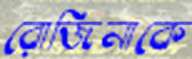
রোজিনাকে